Medical and sanitary report of the native army of Bengal for the year
Year: 1877
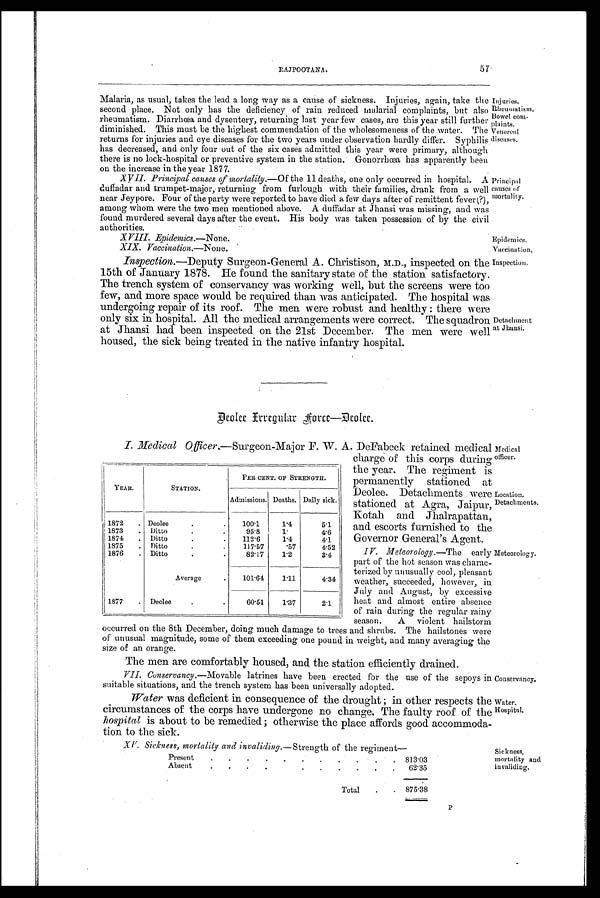
Epidem ics,
Vaccination,
Inspectio n .
Medical
officer.
Location,
Detachments.
Meteorolog y.
Conservancy.
Water.
Hospital.
Sickness,
mortality and
invaliding.
RAJPOOTANA
57
Malaria, as usual, takes the lead a long way as a cause of sickness. Injuries, again, take the
second place. Not only has the deficiency of rain reduced malarial complaints, but also
rheumatism. Diarrhœa and dysentery, returning last year few cases, are this year still further
diminished. This must be the highest commendation of the wholesomeness of the water. The
returns for injuries and eye diseases for the two years under observation hardly differ. Syphilis
has decreased, and only four out of the six cases admitted this year were primary, although
there is no lock-hospital or preventive system in the station. Gonorrhœa has apparently been
on the increase in the year 1877.
XVII. Principal causes of mortality.—Of the 11 deaths, one only occurred in hospital. A
duffadar and trumpetmajor returning from furlough with their families, drank from a well
near Jeypore. Four of the party were reported to have died a few days after of remittent fever (?),
among whom were the two men mentioned above. A duffadar at Jhansi was missing, and was
found murdered several days after the event. His body was taken possession of by the civil
authorities.
X VIII. Epidemics.— None.
XIX. Vaccination.—None.
Inspection.—Deputy Surgeon-General A. Christison, M.D ., inspected on the
15th of January 1878. He found the sanitary state of the station satisfactory.
The trench system of conservancy was working well, but the screens were too
few, and more space would be required than was anticipated. The hospital was
undergoing repair of its roof. The men were robust and healthy : there were
only six in hospital. All the medical arrangements were correct. The squadron
at Jhansi had been inspected on the 21st December. The men were well
housed, the sick being treated in the native infantry hospital.
Injuri es.
Rheumatism.
Bowel com-
plaints.
Venereal
diseases.
Principal
causes of
mortality.
Detachment
at J hansi.
Deolee Irregular Force—Deolee.
I. Medical Officer,—Surgeon-Major F. W. A. DeFabeck retained medical
charge of this corps during
the year. The regiment is
permanently stationed at
Deolee. Detachments were
stationed at Agra, Jaipur,
Kotah and Jhalrapattan,
and escorts furnished to the
Governor General's Agent.
IV. Meteorology.—The early
part of the hot season was charac-
terized by unusually cool, pleasant
weather, succeeded, however, in
July and August, by excessive
heat and almost entire absence
of rain during the regular rainy
season.
A violent hailstorm
occurred on the 8th December, doing much damage to trees and shrubs. The hailstones were
of unusual magnitude, some Of them exceeding one pound in weight, and many averaging the
size
o
f an orange.
The men are comfortably housed, and the station efficiently drained.
VII. Conservancy.—Movable latrines have been erected for the use of the sepoys in
suitable situations, and the trench system has been universally adopted.
Water was deficient in consequence of the drought ; in other respects the
circumstances of the corps have undergone no change. The faulty roof of the
hospital is about to be remedied ; otherwise the place affords good accommoda-
tion to the sick.
XV. Sickness, mortality and invaliding.—Strength of the regiment—
Present
.
.
.
.
.
.
.
.
.
.
.
813.03
Absent
.
.
.
. .
.
.
.
.
.
62.35
Total
.
. 875.38
YEAR.
STATION.
PER CENT. OF STRENGTH.
Admissions. Deaths. Daily sick.
1872
. Deolee
.
.
100.1
1.4
5.1
1873
. Ditto
.
95.8
1.
4.6
1874
.
Ditto
.
.
112.6
1.4
4.1
1875
. Ditto
.
.
117.57
.57
4.52
1876
. Ditto
.
.
82. 17
1.2
3.4
Average
.
101.64
1.11
4.34
1877
. Deolee
60.51
1.37
2.1
P